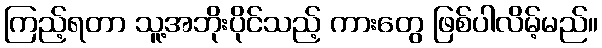
ကြည့်ရတာ သူ့အဘိုးပိုင်သည့် ကားတွေ ဖြစ်ပါလိမ့်မည်။